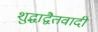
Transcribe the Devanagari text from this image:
शुद्धाद्वैतवादी